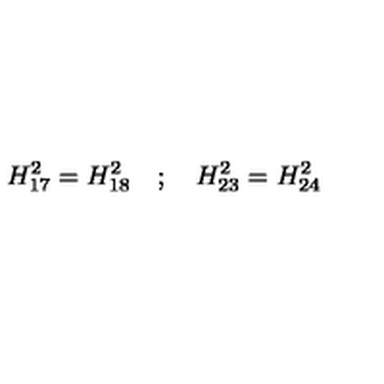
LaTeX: H _ { 1 7 } ^ { 2 } = H _ { 1 8 } ^ { 2 } \quad ; \quad H _ { 2 3 } ^ { 2 } = H _ { 2 4 } ^ { 2 }